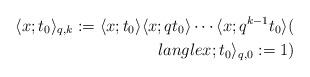
LaTeX: \begin{align*}\langle x; t_0\rangle_{q,k}:=\langle x; t_0\rangle \langle x; q t_0\rangle\cdots \langle x; q^{k-1}t_0\rangle (\\langle x; t_0\rangle_{q,0}:=1) \end{align*}